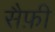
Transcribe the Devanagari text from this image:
सैफ़ी